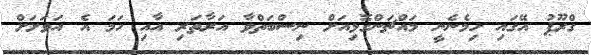
ގްރޫޕު އޭގައި ހިމެނެނީ މައްޗަންގޮޅިއަށް ނިސްބަތްވާ އަރާތަރި އާއި ހަމަ އެ އަވަށަށް